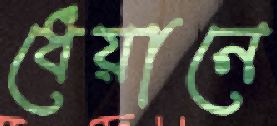
ধেয়ানে